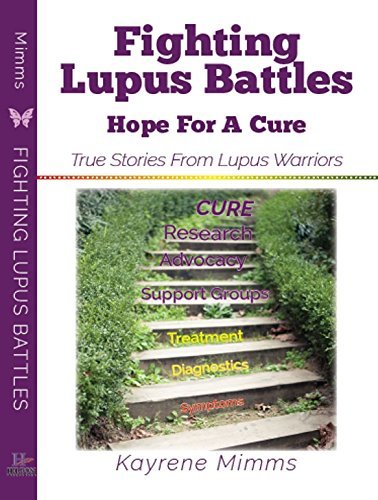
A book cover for Fighting Lupus Battles: Hope For A Cure; Kayrene Mimms; Health, Fitness & Dieting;